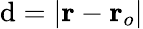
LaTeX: \mathrm{d}=\vert\mathbf{{r}}-\mathbf{{r}}_{o}\vert